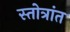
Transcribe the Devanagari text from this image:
स्तोत्रांत